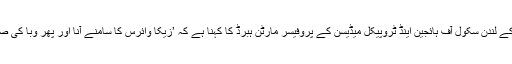
مذکورہ تحقیق کے نتائج پر گفتگو کرتے ہوئے برطانیہ کے لندن سکول آف ہائجین اینڈ ٹروپیکل میڈیسن کے پروفیسر مارٹن ہبرڈ کا کہنا ہے کہ ’زیکا وائرس کا سامنے آنا اور پھر وبا کی صورت میں تیزی سے پھیل جانا بظاہر حیران کن لگتا ہے۔